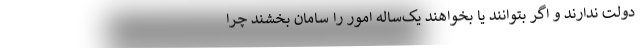
دولت ندارند و اگر بتوانند یا بخواهند یک‌ساله امور را سامان بخشند چرا